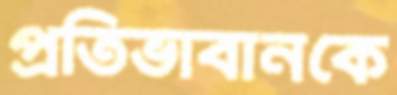
প্রতিভাবানকে